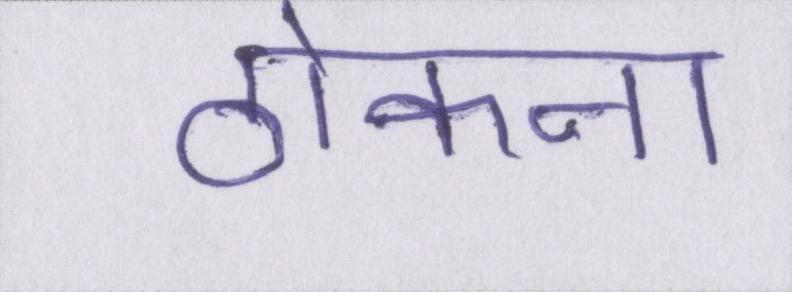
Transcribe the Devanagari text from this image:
ठोकना